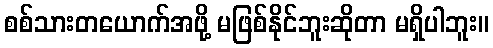
စစ်သားတယောက်အဖို့ မဖြစ်နိုင်ဘူးဆိုတာ မရှိပါဘူး။